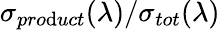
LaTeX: {\sigma}_{pro\mathrm{d}uct}(\lambda)/{\sigma}_{tot}(\lambda)